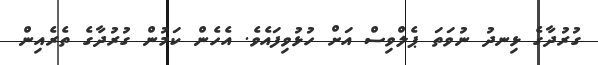
ގުރުދާގެ ޅިނދު ނުވަތަ ޕެލްވިސް އަށް ހުޅުވިފައެވެ. އެހެން ކަމުން ގުރުދާގެ ތެރެއިން